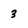
Character: 3